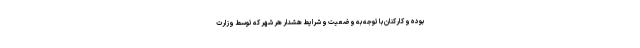
بوده و کارکنان با توجه به وضعیت و شرایط هشدار هر شهر که توسط وزارت